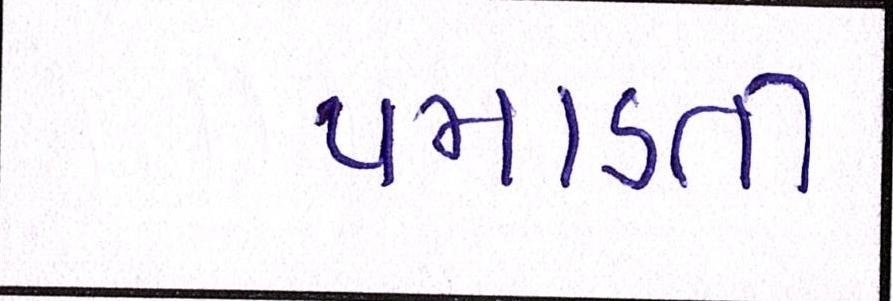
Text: પમાડતી